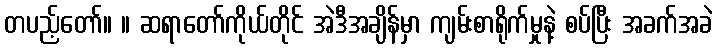
တပည့်တော်။ ။ ဆရာတော်ကိုယ်တိုင် အဲဒီအချိန်မှာ ကျမ်းစာရိုက်မှုနဲ့ စပ်ပြီး အခက်အခဲ